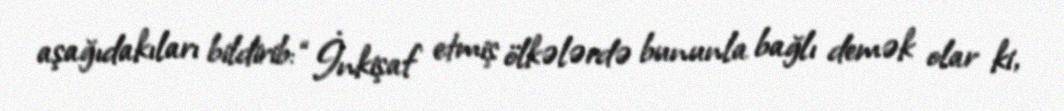
aşağıdakıları bildirib: “İnkişaf etmiş ölkələrdə bununla bağlı demək olar ki,